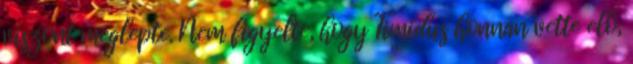
viszont meglepte. Nem figyelte, hogy Timidus honnan vette elő,